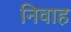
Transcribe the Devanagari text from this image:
निवाह